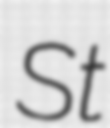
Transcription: St